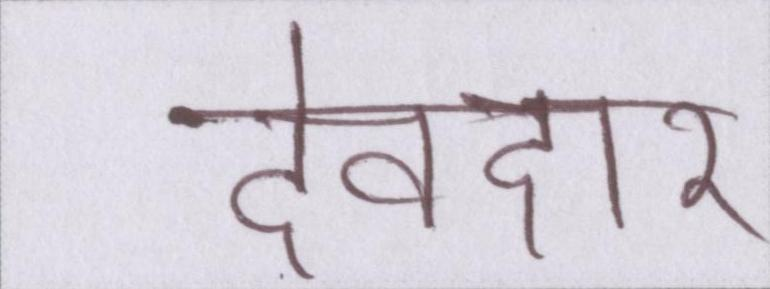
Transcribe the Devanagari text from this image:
देवदार